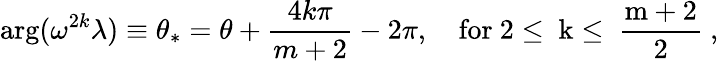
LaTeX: \arg(\omega^{2k}\lambda)\equiv\theta_{*}=\theta+\frac{4k\pi}{m+2}-2\pi,\quad\mathrm{for~2\leq~k\leq~\frac{m+2}{2}~},